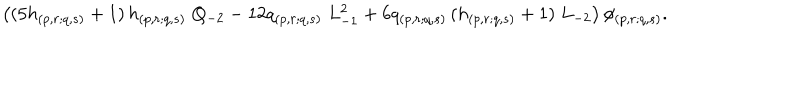
\left( ( 5 h _ { ( p , r ; q , s ) } + 1 ) \, h _ { ( p , r ; q , s ) } \; Q _ { - 2 } - 1 2 q _ { ( p , r ; q , s ) } \; L _ { - 1 } ^ { 2 } + 6 q _ { ( p , r ; q , s ) } \, ( h _ { ( p , r ; q , s ) } + 1 ) \; L _ { - 2 } \right) \phi _ { ( p , r ; q , s ) } .